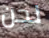
نحن